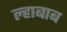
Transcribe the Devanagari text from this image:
ल्हाबाब